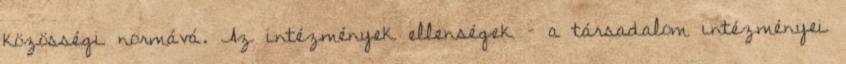
közösségi normává. Az intézmények ellenségek – a társadalom intézményei